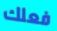
فعلك